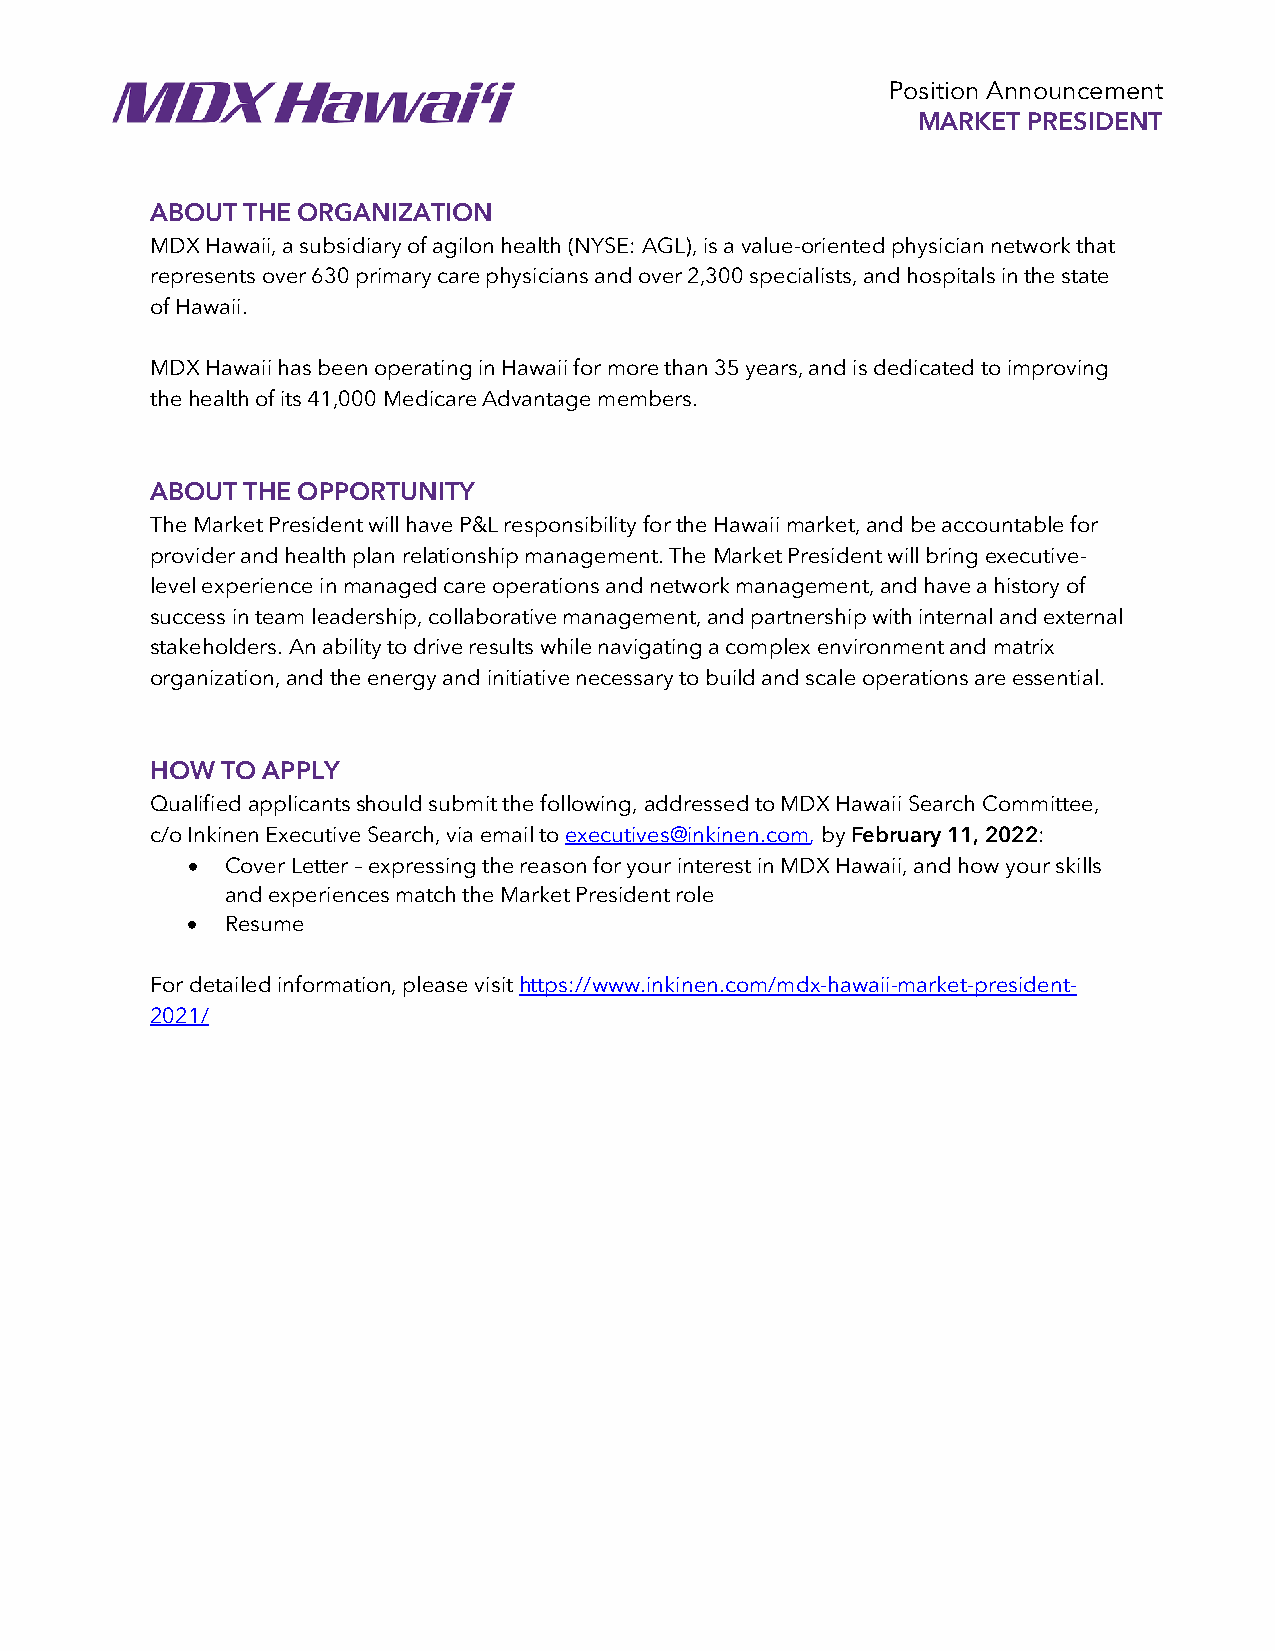
Position Announcement
 MARKET PRESIDENT
 ABOUT THE ORGANIZATION
 MDX Hawaii, a subsidiary of agilon health (NYSE: AGL), is a value-oriented physician network that
 represents over 630 primary care physicians and over 2,300 specialists, and hospitals in the state
 of Hawaii.
 MDX Hawaii has been operating in Hawaii for more than 35 years, and is dedicated to improving
 the health of its 41,000 Medicare Advantage members.
 ABOUT THE OPPORTUNITY
 The Market President will have P&L responsibility for the Hawaii market, and be accountable for
 provider and health plan relationship management. The Market President will bring executive-
 level experience in managed care operations and network management, and have a history of
 success in team leadership, collaborative management, and partnership with internal and external
 stakeholders. An ability to drive results while navigating a complex environment and matrix
 organization, and the energy and initiative necessary to build and scale operations are essential.
 HOW  TO APPLY
 Qualified applicants should submit the following, addressed to MDX Hawaii Search Committee,
 c/o Inkinen Executive Search, via email to executives@inkinen.com, by February 11, 2022:
 •  Cover Letter – expressing the reason for your interest in MDX Hawaii, and how your skills
 and experiences match the Market President role
 •  Resume
 For detailed information, please visit https://www.inkinen.com/mdx-hawaii-market-president-
 2021/